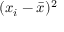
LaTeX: ( x _ { i } - { \bar { x } } ) ^ { 2 }